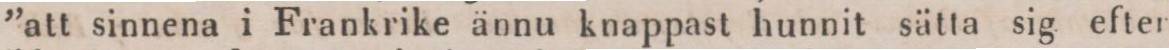
”att sinnena i Frankrike ännu knappast hunnit sätta sig efter